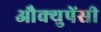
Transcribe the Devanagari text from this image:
औक्युपेंसी